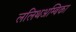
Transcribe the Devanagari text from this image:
ललिथअम्बिका